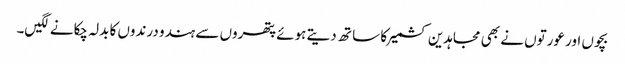
بچوں اور عورتوں نے بھی مجاہدین کشمیر کا سا تھ دیتے ہوئے پتھروں سے ہندو درندوں کا بدلہ چکانے لگیں۔